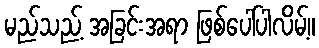
မည်သည့် အခြင်းအရာ ဖြစ်ပေါ်ပါလိမ့်။